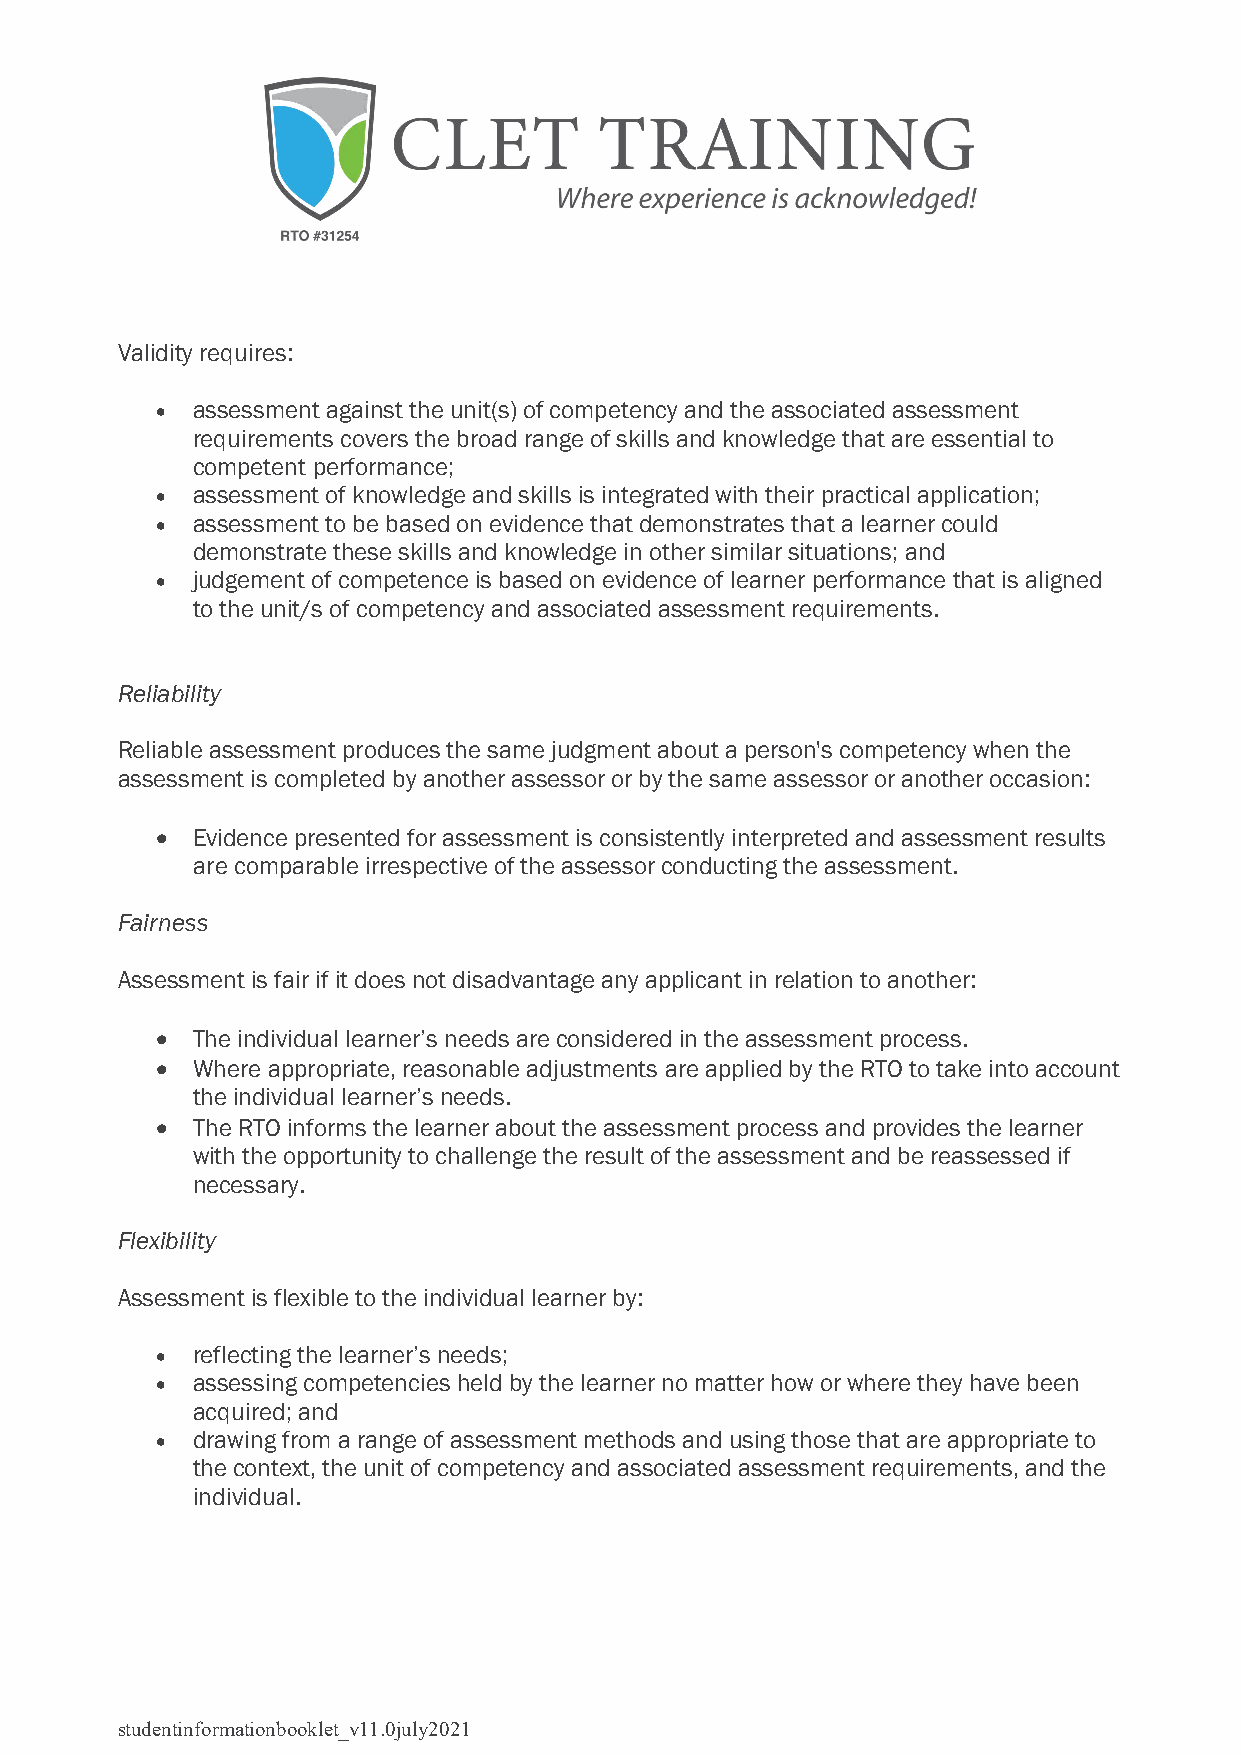
Validity requires:
 •  assessment against the unit(s) of competency and the associated assessment
 requirements covers the broad range of skills and knowledge that are essential to
 competent performance;
 •  assessment of knowledge and skills is integrated with their practical application;
 •  assessment to be based on evidence that demonstrates that a learner could
 demonstrate these skills and knowledge in other similar situations; and
 •  judgement of competence is based on evidence of learner performance that is aligned
 to the unit/s of competency and associated assessment requirements.
 Reliability
 Reliable assessment produces the same judgment about a person's competency when the
 assessment is completed by another assessor or by the same assessor or another occasion:
 •  Evidence presented for assessment is consistently interpreted and assessment results
 are comparable irrespective of the assessor conducting the assessment.
 Fairness
 Assessment is fair if it does not disadvantage any applicant in relation to another:
 •  The individual learner’s needs are considered in the assessment process.
 •  Where appropriate, reasonable adjustments are applied by the RTO to take into account
 the individual learner’s needs.
 •  The RTO informs the learner about the assessment process and provides the learner
 with the opportunity to challenge the result of the assessment and be reassessed if
 necessary.
 Flexibility
 Assessment is flexible to the individual learner by:
 •  reflecting the learner’s needs;
 •  assessing competencies held by the learner no matter how or where they have been
 acquired; and
 •  drawing from a range of assessment methods and using those that are appropriate to
 the context, the unit of competency and associated assessment requirements, and the
 individual.
 studentinformationbooklet_v11.0july2021